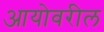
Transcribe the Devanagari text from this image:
आयोवरील